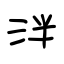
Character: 泮